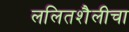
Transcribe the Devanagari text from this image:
ललितशैलीचा